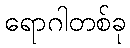
ရောဂါတစ်ခု